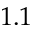
1 . 1